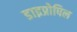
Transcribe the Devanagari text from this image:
डाइप्रोपिल